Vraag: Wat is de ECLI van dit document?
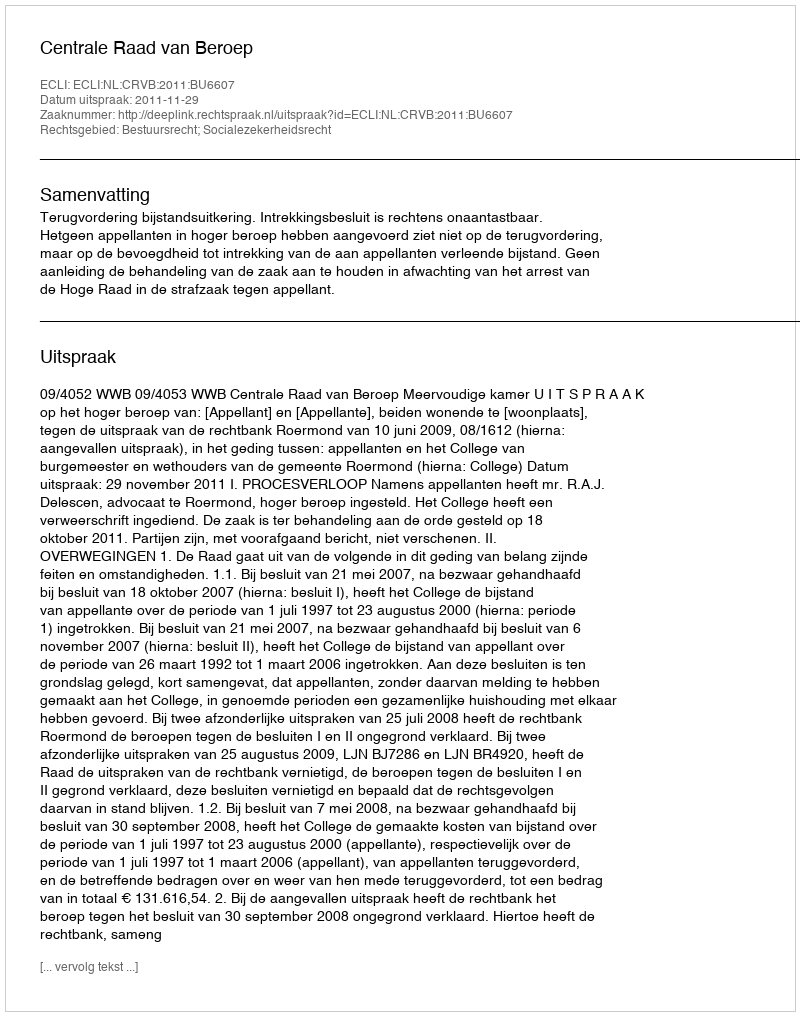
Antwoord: ECLI:NL:CRVB:2011:BU6607